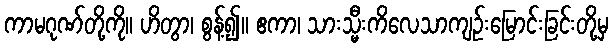
ကာမဂုဏ်တို့ကို။ ဟိတွာ၊ စွန့်၍။ ဧကာ၊ သားသ္မီးကိလေသာကျဉ်းမြောင်းခြင်းတို့မှ